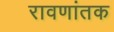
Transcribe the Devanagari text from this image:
रावणांतक